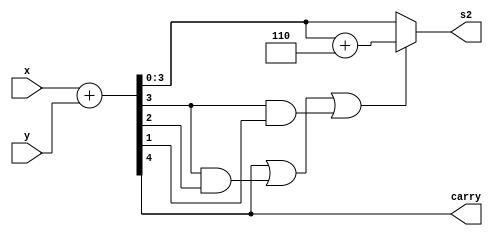
module BCD_adder_final( x , y , s2 , carry );

	input [3:0] x;
	input [3:0] y;
	output reg [3:0] s2;
	output reg carry;
	reg [3:0] s;
	
	always@(*) begin
	
		{carry,s} = x+y;
	
		if( carry || ( s[3] & s[2] ) || ( s[3] & s[1] ) ) begin
			s2=s+4'b0110;
		end
		
		else begin
			s2=s;
		end
	
	end

endmodule